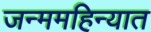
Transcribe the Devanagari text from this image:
जन्ममहिन्यात